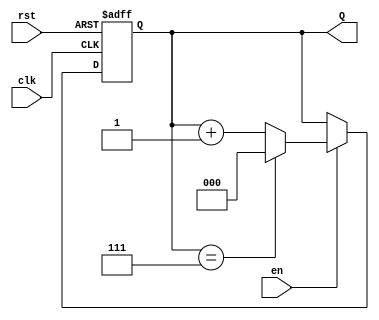
module binary_up_counter #(
    parameter N = 3  // Parameter for number of bits (default is 3)
)(
    input wire clk,    // Clock input
    input wire rst,    // Asynchronous reset input
    input wire en,     // Enable input
    output reg [N-1:0] Q // N-bit output for the current count value
);

    // Always block for the counter logic
    always @(posedge clk or posedge rst) begin
        if (rst) begin
            Q <= 0; // Reset the counter to 0
        end else if (en) begin
            if (Q == {N{1'b1}}) begin // Check if maximum count is reached (all bits set)
                Q <= 0; // Wrap around to 0
            end else begin
                Q <= Q + 1; // Increment the counter
            end
        end
        // If en is low, retain the current value of Q
    end

endmodule